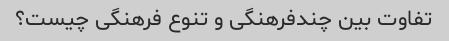
تفاوت بین چندفرهنگی و تنوع فرهنگی چیست؟